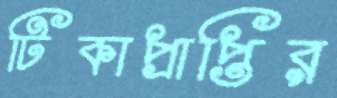
টিকাপ্রাপ্তির